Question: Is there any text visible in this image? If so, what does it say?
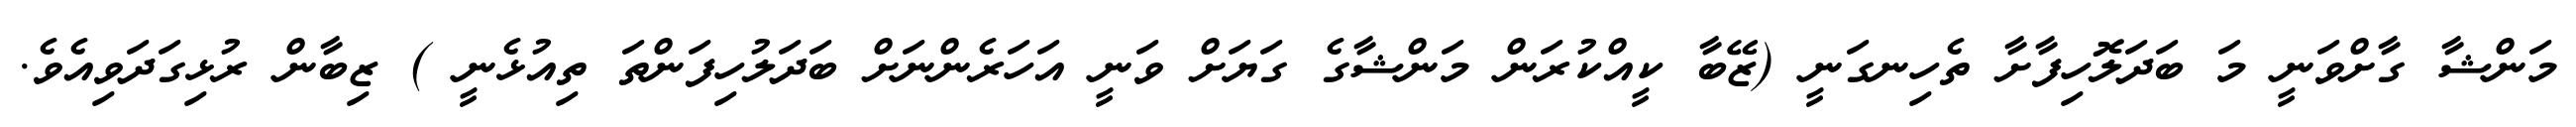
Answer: މަންޝާ ގާށްވަނީ މަ ބަދަލޮހިފާށާ ތެހިނގަނީ (ޒޭބާ ކީއްކުރަން މަންޝާގެ ގަޔަށް ވަނީ އަހަރެންނަށް ބަދަލުހިފަންތަ ތިއުޅެނީ ) ޒިބާން ރުޅިގަދަވިއެވެ.